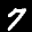
Label: 7